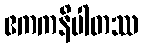
ဧကကနိပါတဿ